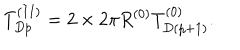
LaTeX: T _ { D p } ^ { ( I I ) } = 2 \times 2 \pi R ^ { ( 0 ) } T _ { D ( p + 1 ) } ^ { ( 0 ) } .